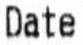
DATE